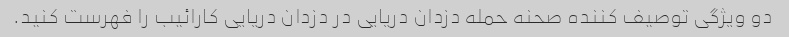
دو ویژگی توصیف کننده صحنه حمله دزدان دریایی در دزدان دریایی کارائیب را فهرست کنید.